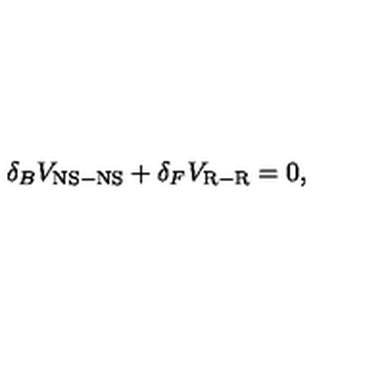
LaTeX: \delta _ { B } V _ { \mathrm { N S - N S } } + \delta _ { F } V _ { \mathrm { R - R } } = 0 ,